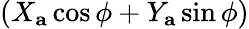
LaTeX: (X_{\mathbf{a}}\cos\phi+Y_{\mathbf{a}}\sin\phi)